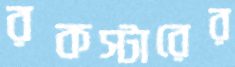
রকস্টারের